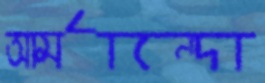
আর্মান্দো